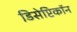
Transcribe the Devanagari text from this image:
डिसेप्टिकॉन